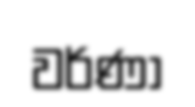
වර්ණා